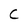
Character: C